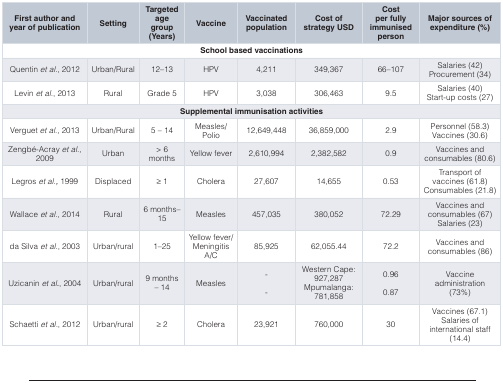
<table><thead><tr><td><b>First author andyear of publication</b></td><td><b>Setting</b></td><td><b>Targetedage group(Years)</b></td><td><b>Vaccine</b></td><td><b>Vaccinatedpopulation</b></td><td><b>Cost ofstrategy USD</b></td><td><b>Costper fullyimmunisedperson</b></td><td><b>Major sources ofexpenditure (%)</b></td></tr></thead><tbody><tr><td colspan="8"><b>School based vaccinations</b></td></tr><tr><td>Quentin<i>et al</i>., 2012</td><td>Urban/Rural</td><td>12–13</td><td>HPV</td><td>4,211</td><td>349,367</td><td>66–107</td><td>Salaries (42)Procurement (34)</td></tr><tr><td>Levin<i>et al.</i>, 2013</td><td>Rural</td><td>Grade 5</td><td>HPV</td><td>3,038</td><td>306,463</td><td>9.5</td><td>Salaries (40)Start-up costs (27)</td></tr><tr><td colspan="8"><b>Supplemental immunisation activities</b></td></tr><tr><td>Verguet<i>et al</i>., 2013</td><td>Urban/Rural</td><td>5 – 14</td><td>Measles/Polio</td><td>12,649,448</td><td>36,859,000</td><td>2.9</td><td>Personnel (58.3)Vaccines (30.6)</td></tr><tr><td>Zengbé-Acray<i>et al</i>.,2009</td><td>Urban</td><td>&gt; 6months</td><td>Yellow fever</td><td>2,610,994</td><td>2,382,582</td><td>0.9</td><td>Vaccines andconsumables (80.6)</td></tr><tr><td>Legros<i>et al.,</i> 1999</td><td>Displaced</td><td>≥ 1</td><td>Cholera</td><td>27,607</td><td>14,655</td><td>0.53</td><td>Transport ofvaccines (61.8)Consumables (21.8)</td></tr><tr><td>Wallace<i>et al</i>., 2014</td><td>Rural</td><td>6 months–15</td><td>Measles</td><td>457,035</td><td>380,052</td><td>72.29</td><td>Vaccines andconsumables (67)Salaries (23)</td></tr><tr><td>da Silva<i>et al</i>., 2003</td><td>Urban/rural</td><td>1–25</td><td>Yellow fever/MeningitisA/C</td><td>85,925</td><td>62,055.44</td><td>72.2</td><td>Vaccines andconsumables (86)</td></tr><tr><td>Uzicanin<i>et al.</i>, 2004</td><td>Urban/rural</td><td>9 months– 14</td><td>Measles</td><td>--</td><td>Western Cape:927,287Mpumalanga:781,858</td><td>0.960.87</td><td>Vaccineadministration(73%)</td></tr><tr><td>Schaetti<i>et al</i>., 2012</td><td>Urban/rural</td><td>≥ 2</td><td>Cholera</td><td>23,921</td><td>760,000</td><td>30</td><td>Vaccines (67.1)Salaries ofinternational staff(14.4)</td></tr></tbody></table>